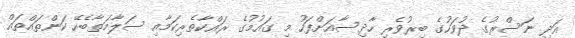
އަދި ނަސްރުގެ ދުވަހުގެ ބިރުވެރި ހާދިސާއަށްފަހު މި ގައުމުގެ ރައްކާތެރިކަމާއި ސަލާމަތާބެހޭ ކަންތައްތައް